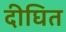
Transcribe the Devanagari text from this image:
दीघित